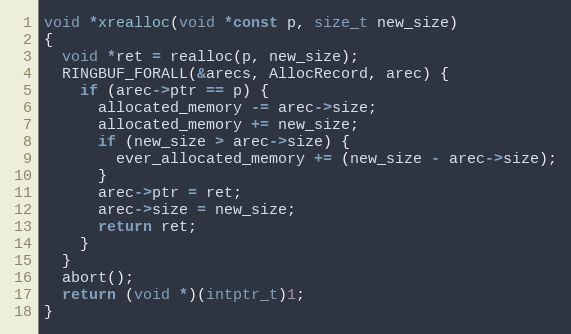
Language: C
void *xrealloc(void *const p, size_t new_size)
{
  void *ret = realloc(p, new_size);
  RINGBUF_FORALL(&arecs, AllocRecord, arec) {
    if (arec->ptr == p) {
      allocated_memory -= arec->size;
      allocated_memory += new_size;
      if (new_size > arec->size) {
        ever_allocated_memory += (new_size - arec->size);
      }
      arec->ptr = ret;
      arec->size = new_size;
      return ret;
    }
  }
  abort();
  return (void *)(intptr_t)1;
}